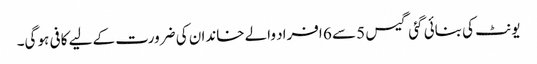
یونٹ کی بنائی گئی گیس 5 سے 6 افراد والے خاندان کی ضرورت کے لیے کافی ہو گی۔